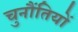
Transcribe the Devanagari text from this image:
चुनौंतियों